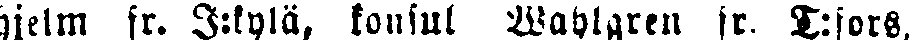
hjelm fr. J:kylä, konsul Wahlgren fr. T:fors